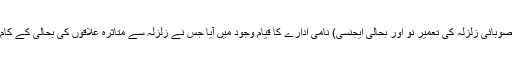
ایرا کے بعد پیرا (صوبائی زلزلہ کی تعمیر نو اور بحالی ایجنسی) نامی ادارے کا قیام وجود میں آیا جس نے زلزلہ سے متاثرہ علاقوں کی بحالی کے کام کی زمہ داری لی۔